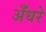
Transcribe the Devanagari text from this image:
अँधरे